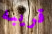
قريبه